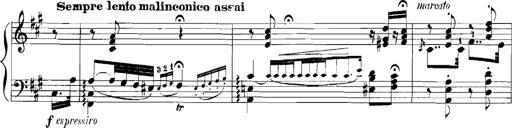
Title: Rhapsodies hongroises
Composer: Franz Liszt